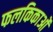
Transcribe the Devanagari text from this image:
फलकिकाओं